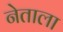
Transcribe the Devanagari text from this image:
नेताला